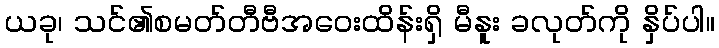
ယခု၊ သင်၏စမတ်တီဗီအဝေးထိန်းရှိ မီနူး ခလုတ်ကို နှိပ်ပါ။